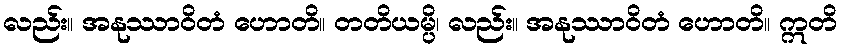
လည်း။ အနုဿာဝိတံ ဟောတိ။ တတိယမ္ပိ၊ လည်း။ အနုဿာဝိတံ ဟောတိ။ ဣတိ